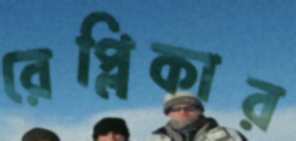
রেপ্লিকার